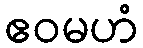
ဧဝမဟံ